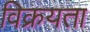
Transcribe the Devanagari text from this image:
विक्रयता